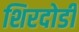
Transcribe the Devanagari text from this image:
शिरदोडी